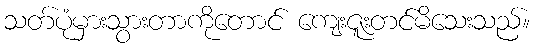
သတ်ပုံမှားသွားတာကိုတောင် ကျေးဇူးတင်မိသေးသည်။